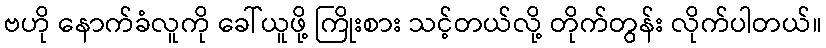
ဗဟို နောက်ခံလူကို ခေါ်ယူဖို့ ကြိုးစား သင့်တယ်လို့ တိုက်တွန်း လိုက်ပါတယ်။